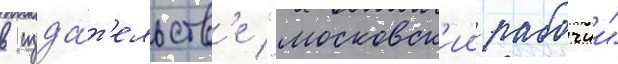
в изда́т'ельств'е "московск'ии рабочии"